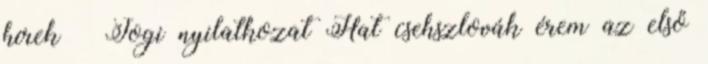
hírek » Jogi nyilatkozat Hat csehszlovák érem az első